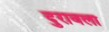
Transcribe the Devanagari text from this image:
दुरावला